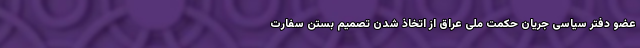
عضو دفتر سیاسی جریان حکمت ملی عراق از اتخاذ شدن تصمیم بستن سفارت